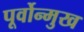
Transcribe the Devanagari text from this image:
पूर्वोन्मुख